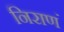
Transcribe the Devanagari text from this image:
निराणं